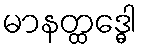
မာနတ္ထဒ္ဓေါ